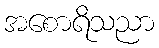
အစောရိသညာ